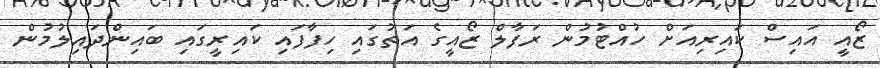
ޒޯއީ އައިސް ކައިރިއަށް ހުއްޓުމުން ރަފާލް ޒޯއީގެ އަތުގައި ހިފާފައި ކައިރީގައި ބައިންދައިލުމުން